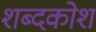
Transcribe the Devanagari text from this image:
शब्‍दकोश